Lunatic asylums United Provinces 1899-1908 - 1899-1908
Year: 1899
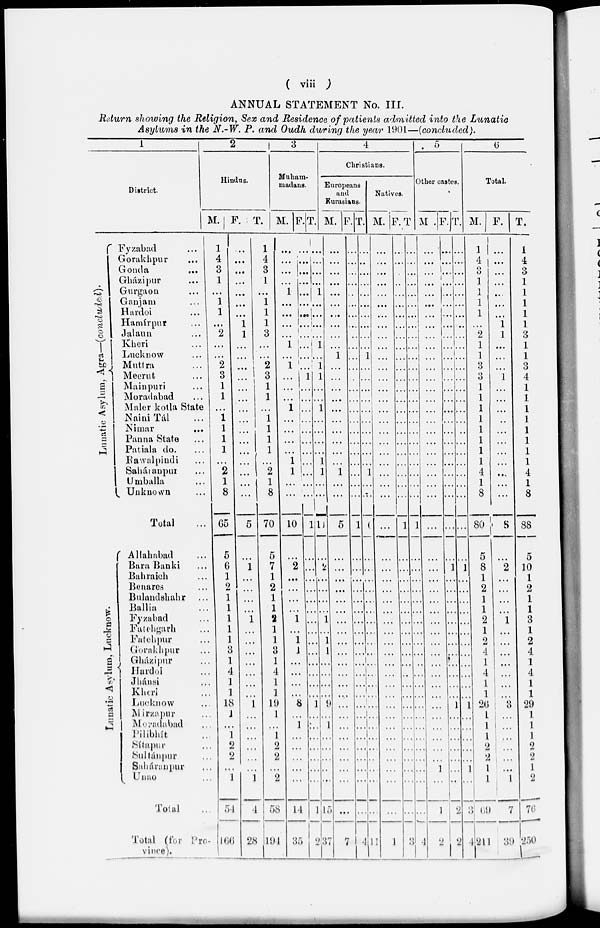
( viii )
ANNUAL STATEMENT No. III.
Return showing the Religion, Sex and Residence of patients admitted into the Lunatic
Asylums in the N.-W. P. and Oudh during the year 1901—(concluded).
1
District.
Lunatic Asylum, Agra—(concluded).
Lunatic Asylum, Lucknow.
Fyzabad ...
Gorakhpur ...
Gonda
...
Gházipur ...
Gurgaon ...
Ganjam ...
Hardoi ...
Hamírpur ...
Jalaun ...
Kheri ...
Lucknow ...
Muttra ...
Meerut ...
Mainpuri ...
Moradabad ...
Maler kotla State
Naini Tál ...
Nimar
...
Panna State ...
Patiala do. ...
Rawalpindi ...
Saháranpur ...
Umballa ...
Unknown ...
Total ...
Allahabad ...
Bara Banki ...
Bahraich ...
Benares ...
Bulandshahr ...
Ballia ...
Fyzabad ...
Fatehgarh ...
Fatehpur ...
Gorakhpur ...
Gházipur ...
Hardoi ...
Jhánsi ...
Kheri ...
Lucknow ...
Mirzapur ...
Moradabad ...
Pilibhít ...
Sítapur ...
Sultánpur ...
Saháranpur ...
Unao ...
Total ...
Total (for Pro-
vince).
2
Hindus.
M.
1
4
3
1
...
1
1
...
2
...
...
2
3
1
1
...
1
1
1
1
...
2
1
8
65
5
6
1
2
1
1
1
1
1
3
1
4
1
1
18
1
...
1
2
2
...
1
54
166
F.
...
...
...
...
...
...
...
1
1
...
...
...
...
...
...
...
...
...
...
...
...
...
...
...
5
...
1
...
...
...
...
1
...
...
...
...
...
...
...
1
..
...
...
...
...
...
1
4
28
T.
1
4
3
1
...
1
1
1
3
...
...
2
3
1
1
...
1
1
1
1
...
2
1
8
70
5
7
1
2
1
1
2
1
1
3
1
4
1
1
19
1
...
1
2
2
...
2
58
194
3
Muham-
madans.
M.
...
...
...
...
1
...
...
...
...
1
...
1
...
...
...
1
...
...
...
...
1
1
...
...
10
...
2
...
...
...
...
1
...
1
1
...
...
...
...
8
...
...
...
...
...
...
...
14
35
F.
...
...
...
...
...
...
...
...
...
...
...
...
1
...
...
...
...
...
...
...
...
...
...
...
1
...
...
...
...
...
...
...
...
...
...
...
...
...
...
1
...
1
...
...
...
...
...
1
2
T.
...
...
...
...
1
...
...
...
...
1 ...
1
1
...
...
1
...
...
...
...
1
1
...
...
11
...
2
...
...
...
...
1
...
1
1
...
...
...
...
9
...
...
...
...
...
...
...
15
37
4
Christians.
Europeans
and
Kurasians.
M.
...
...
...
...
...
...
...
...
...
...
1
...
...
...
...
...
...
...
...
...
...
1
...
...
5
...
...
...
...
...
...
...
...
1
...
...
...
...
...
...
...
1
...
...
...
...
...
...
7
F.
...
...
...
...
...
...
...
...
...
...
...
...
...
...
...
...
...
...
...
...
...
...
...
...
1
...
...
...
...
...
...
...
...
...
...
...
...
...
...
...
...
...
...
...
...
...
...
...
4
T.
...
...
...
...
...
...
...
...
...
...
1
...
...
...
...
...
...
...
...
...
...
1
...
...
6
...
...
...
...
...
...
...
...
...
...
...
...
...
...
...
...
...
...
...
...
...
...
...
11
Natives.
M.
...
...
...
...
...
...
...
...
...
...
...
...
...
...
...
...
...
...
...
...
...
...
...
...
...
...
...
...
...
...
...
...
...
...
...
...
...
...
...
...
...
...
...
...
...
...
...
...
1
F.
...
...
...
...
...
...
...
...
...
...
...
...
...
...
...
...
...
...
...
...
...
...
...
...
1
...
...
...
...
...
...
...
...
...
...
...
...
...
...
...
...
...
...
...
...
...
...
...
3
T.
...
...
...
...
...
...
...
...
...
...
...
...
...
...
...
...
...
...
...
...
...
...
...
...
1
...
...
...
...
...
...
...
...
...
...
...
...
...
...
...
...
...
...
...
...
...
...
...
4
5
Other castes.
M .
...
...
...
...
...
...
...
...
...
...
...
...
...
...
...
...
...
...
...
...
...
...
...
...
...
...
...
...
...
...
...
...
...
...
...
...
...
...
...
...
...
...
...
...
...
...
1
1
2
F.
...
...
...
...
...
...
...
...
...
...
...
...
...
...
...
...
...
...
...
...
...
...
...
...
...
...
1
...
...
...
...
...
...
...
...
...
...
...
...
1
...
...
...
...
...
...
...
2
2
T.
...
...
...
...
...
...
...
...
...
...
...
...
...
...
...
...
...
...
...
...
...
...
...
....
...
...
1
...
...
...
...
...
...
...
...
...
...
...
...
1
...
...
...
...
...
...
...
3
4
6
Total.
M.
1
4 3
1
1
1
1
...
2
1
1
3
3
1
1
1
1
1
1
1
1
4
1
8
80
5
8
1
2
1
1
2
1
2
4
1
4
1
1
26
1
1
1
2
2
1
1
69
211
F.
...
...
...
...
...
...
...
1
1
...
...
...
1
...
...
...
...
...
...
...
...
...
...
...
8
...
2
...
...
...
...
1
...
...
...
...
...
...
...
3
...
...
...
...
...
...
1
7
39
T.
1
4
3
1
1
1
1
1
3
1
1
3
4
1
1
1
1
1
1
1
1
4
1
8
88
5
10
1
2
1
1
3
1
2
4
1
4
1
1
29
1
1
1
2
2
1
2
76
250